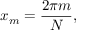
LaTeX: x _ { m } = { \frac { 2 \pi m } { N } } ,